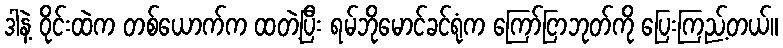
ဒါနဲ့ ဝိုင်းထဲက တစ်ယောက်က ထတဲ့ပြီး ရမ်ဘိုမောင်ခင်ရုံက ကြော်ငြာဘုတ်ကို ပြေးကြည့်တယ်။